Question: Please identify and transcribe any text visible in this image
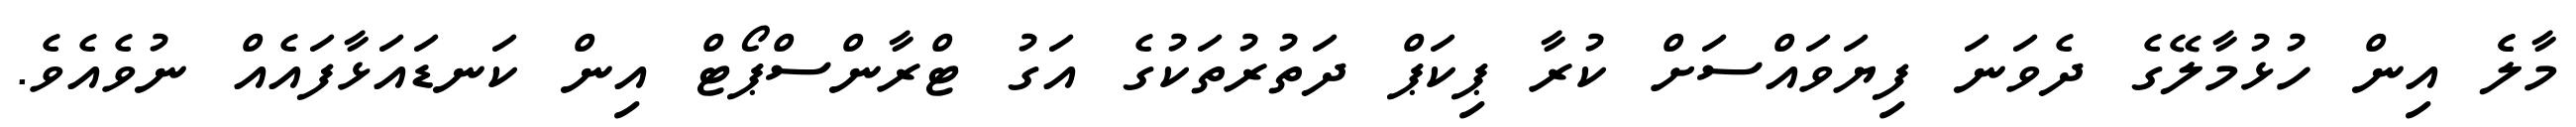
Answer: މާލެެ އިން ހުޅުމާލޭގެ ދެވަނަ ފިޔަވައްސަށް ކުރާ ޕިކަޕް ދަތުރުތަކުގެ އަގު ޓްރާންސްޕޯޓް އިން ކަނޑައަޅާފައެއް ނުވެއެވެ.